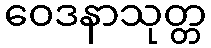
ဝေဒနာသုတ္တ